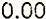
0.00